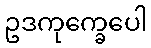
ဥဒကုက္ခေပေါ